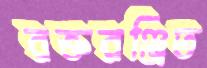
রক্তরঞ্জিত